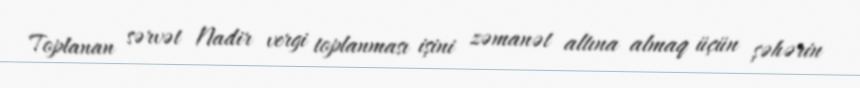
Toplanan sərvət Nadir vergi toplanması işini zəmanət altına almaq üçün şəhərin